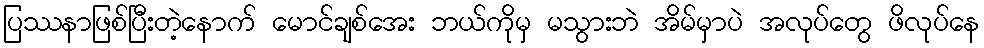
ပြဿနာဖြစ်ပြီးတဲ့နောက် မောင်ချစ်အေး ဘယ်ကိုမှ မသွားဘဲ အိမ်မှာပဲ အလုပ်တွေ ဖိလုပ်နေ